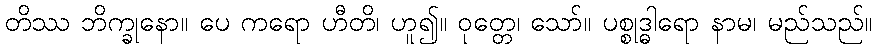
တိဿ ဘိက္ခုနော။ ပေ ကရော ဟီတိ၊ ဟူ၍။ ဝုတ္တေ၊ သော်။ ပစ္စုဒ္ဓါရော နာမ၊ မည်သည်။